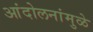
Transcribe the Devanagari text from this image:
आंदोलनांमुळे